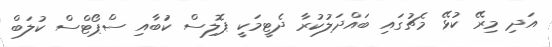
އަދި މިރޭ ކުޅޭ މެޗުގައި ބައްދަލުކުރާ ދެޓީމަކީ ޕޮލިސް ކުަބާއި ސްޕޯޓްސް ކުލަބް